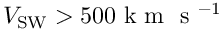
V _ { \mathrm { S W } } > 5 0 0 \mathrm { ~ k ~ m ~ } \mathrm { ~ s ~ } ^ { - 1 }